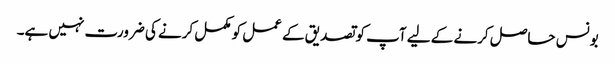
بونس حاصل کرنے کے لیے آپ کو تصدیق کے عمل کو مکمل کرنے کی ضرورت نہیں ہے۔